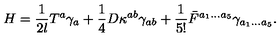
H = { \frac { 1 } { 2 l } } T ^ { a } \gamma _ { a } + { \frac { 1 } { 4 } } D \kappa ^ { a b } \gamma _ { a b } + { \frac { 1 } { 5 ! } } \bar { F } ^ { a _ { 1 } . . . a _ { 5 } } \gamma _ { a _ { 1 } . . . a _ { 5 } } .